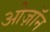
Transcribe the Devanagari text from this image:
ओज़ॉन